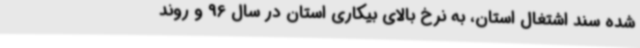
شده سند اشتغال استان، به نرخ بالای بیکاری استان در سال 96 و روند